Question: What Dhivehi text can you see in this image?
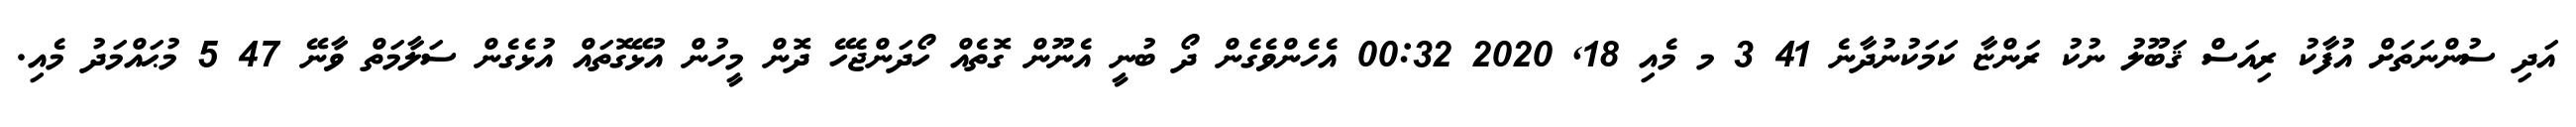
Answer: އަދި ސުންނަތަށް އުފާކު ރިއަސް ޤަބޫލު ނުކު ރަންޏާ ކަމަކުނުދާނެ 41 3 މ މެއި 18, 2020 00:32 އެހެންވެގެން ދޯ ބުނީ އެނޫން ގޮތެއް ހޯދަންޖެހޭ ދޮން މީހުން އުޅޭގޮތައް އުޅެގެން ސަލާމަތް ވާނޭ 47 5 މުޙައްމަދު މެއި.